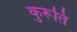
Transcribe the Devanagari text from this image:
कुरूति